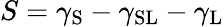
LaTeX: S=\gamma_{\mathrm{S}}-\gamma_{\mathrm{SL}}-\gamma_{\mathrm{L}}